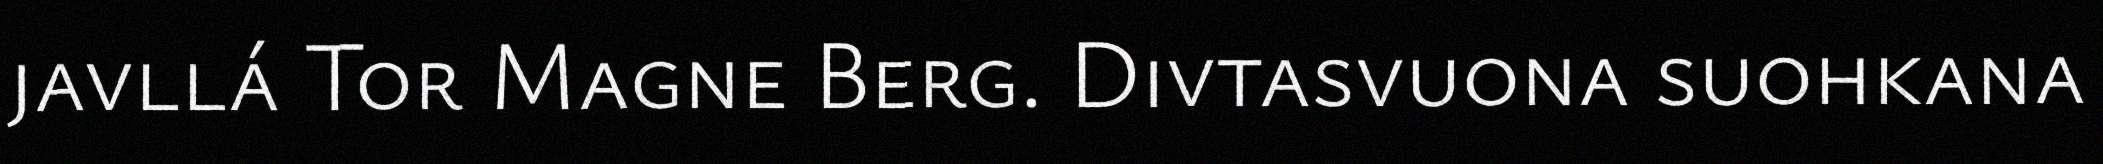
javllá Tor Magne Berg. Divtasvuona suohkana